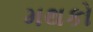
મથકો